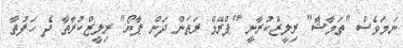
ނަމަވެސް "ތަމާޝާ" ރިލީޒްކުރާނީ "ޕްރޭމް ރަތަން ދަން ޕާޔޯ" ރިލީޒްކުރާތާ ދެ ހަފުތާ